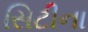
સિટીના